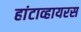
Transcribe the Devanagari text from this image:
हांटाव्हायरस